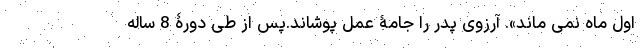
اول ماه نمی ماند». آرزوی پدر را جامۀ عمل پوشاند.پس از طی دورۀ 8 ساله